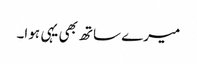
میرے ساتھ بھی یہی ہوا۔